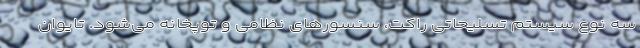
سه نوع سیستم تسلیحاتی راکت، سنسورهای نظامی و توپخانه می‌شود. تایوان